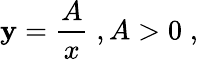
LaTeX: \mathbf{y}={\frac{{A}}{{x}}}\; ,A>0\; ,